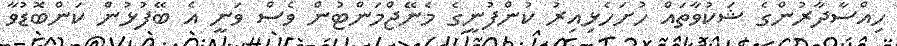
ހިއްސާދާރުންގެ ޝަކުވާތައް ހުށަހެޅިއިރު ކުންފުނީގެ މެނޭޖްމަންޓުން ވެސް ވަނީ އެ ބޭފުޅުން ކަންބޮޑުވާ